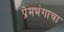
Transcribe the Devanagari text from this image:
प्रेमभंगाचा